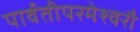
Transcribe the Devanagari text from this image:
पार्वतीपरमेश्वरौ